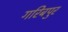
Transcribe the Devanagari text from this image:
गरिबपुर